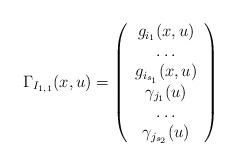
LaTeX: \begin{align*}\Gamma_{I_{1,1}}(x,u) = \left(\begin{array}{c}g_{i_1}(x,u)\\\dots \\g_{i_{s_1}}(x,u)\\\gamma_{j_1}(u)\\\dots\\\gamma_{j_{s_2}}(u)\end{array}\right)\end{align*}